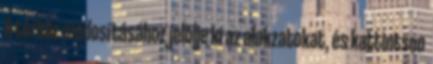
A térköz módosításához jelölje ki az alakzatokat, és kattintson